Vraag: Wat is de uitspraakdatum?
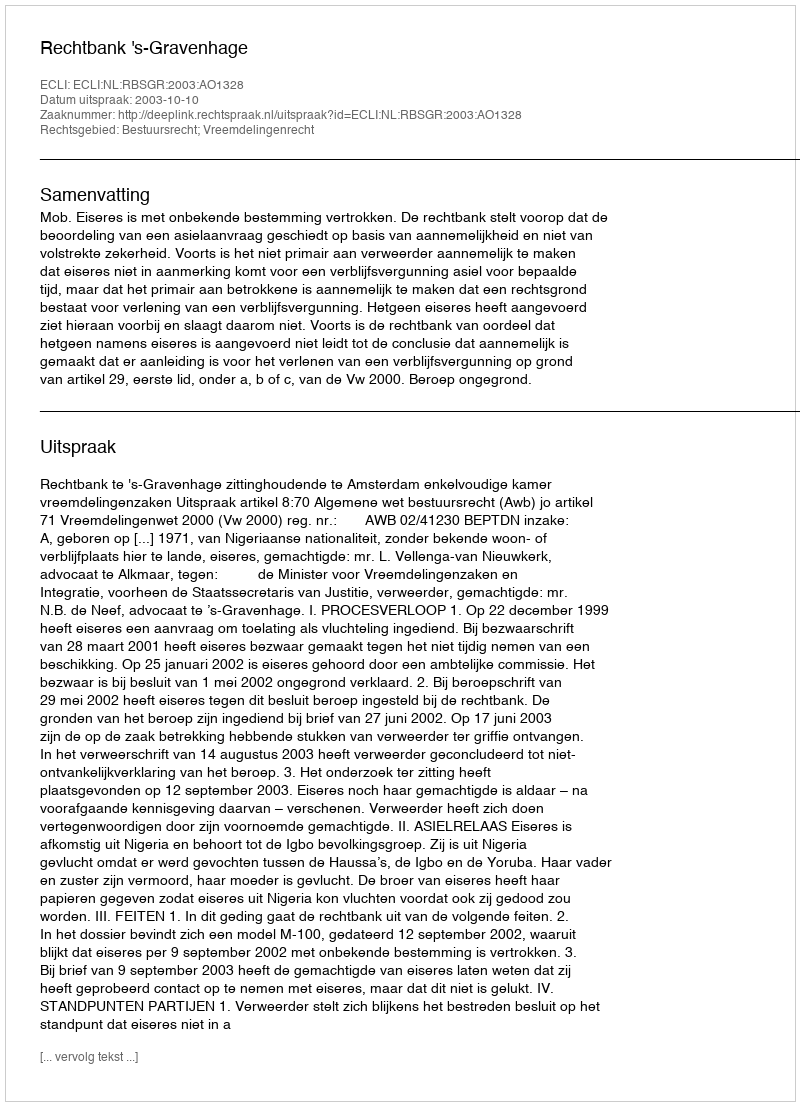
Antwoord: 2003-10-10